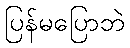
ပြန်မပြောဘဲ